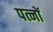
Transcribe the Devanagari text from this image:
पत्नों